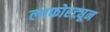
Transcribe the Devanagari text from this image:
लाफोरट्यून